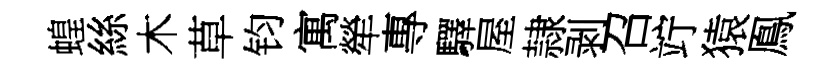
蝗絲木草钧寓犖專驛屋隷剥召竚猿鳯